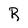
Character: R